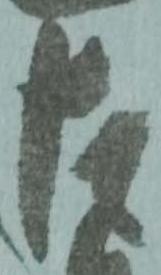
左